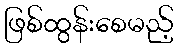
ဖြစ်ထွန်းစေမည့်